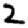
Digit: 2